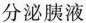
分泌胰液